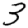
Digit: 3